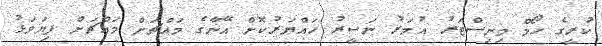
ކުރީގެ ހޯމް މިނިސްޓަރު އުމަރު ނަސީރު ހައްޔަރުކޮށް އޭނާގެ މައްޗަށް މައްޗަށް ފިޔަވަޅު